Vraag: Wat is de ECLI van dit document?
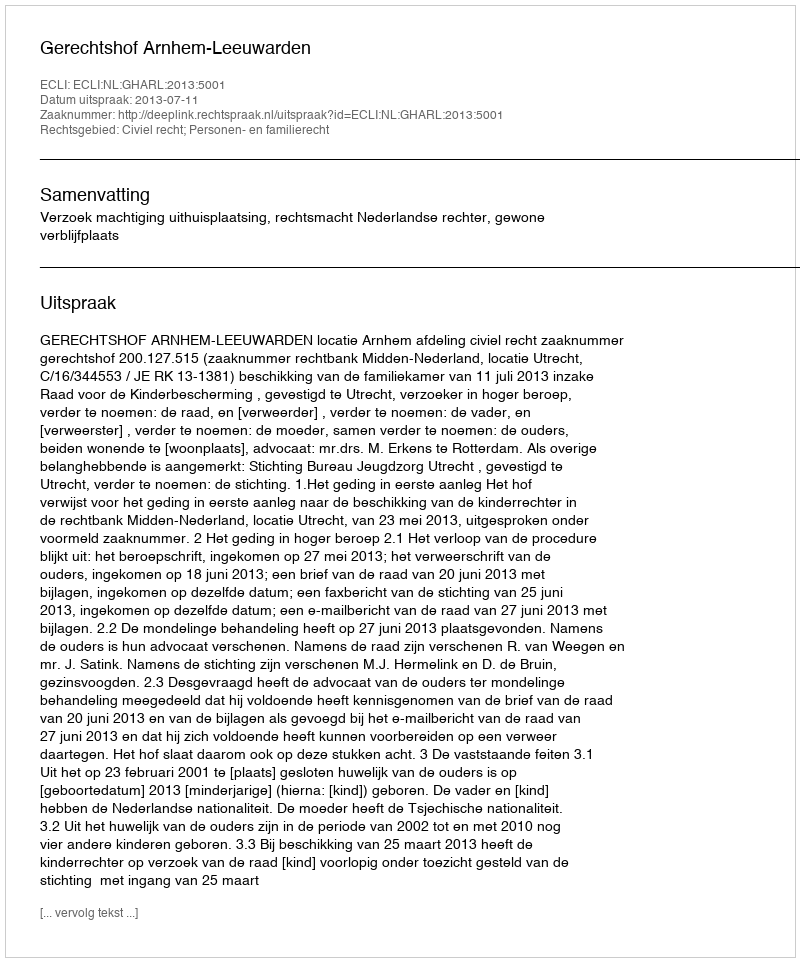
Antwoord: ECLI:NL:GHARL:2013:5001